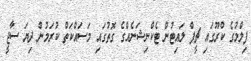
ފިލްމުގެ ކްރޫގައި ޗީފް ލައިޓުން ޓެކްނިޝަނެއްގެ ގޮތުގައި މަސައްކަތް ކުރަމުން ދިޔަ ސާޖީ